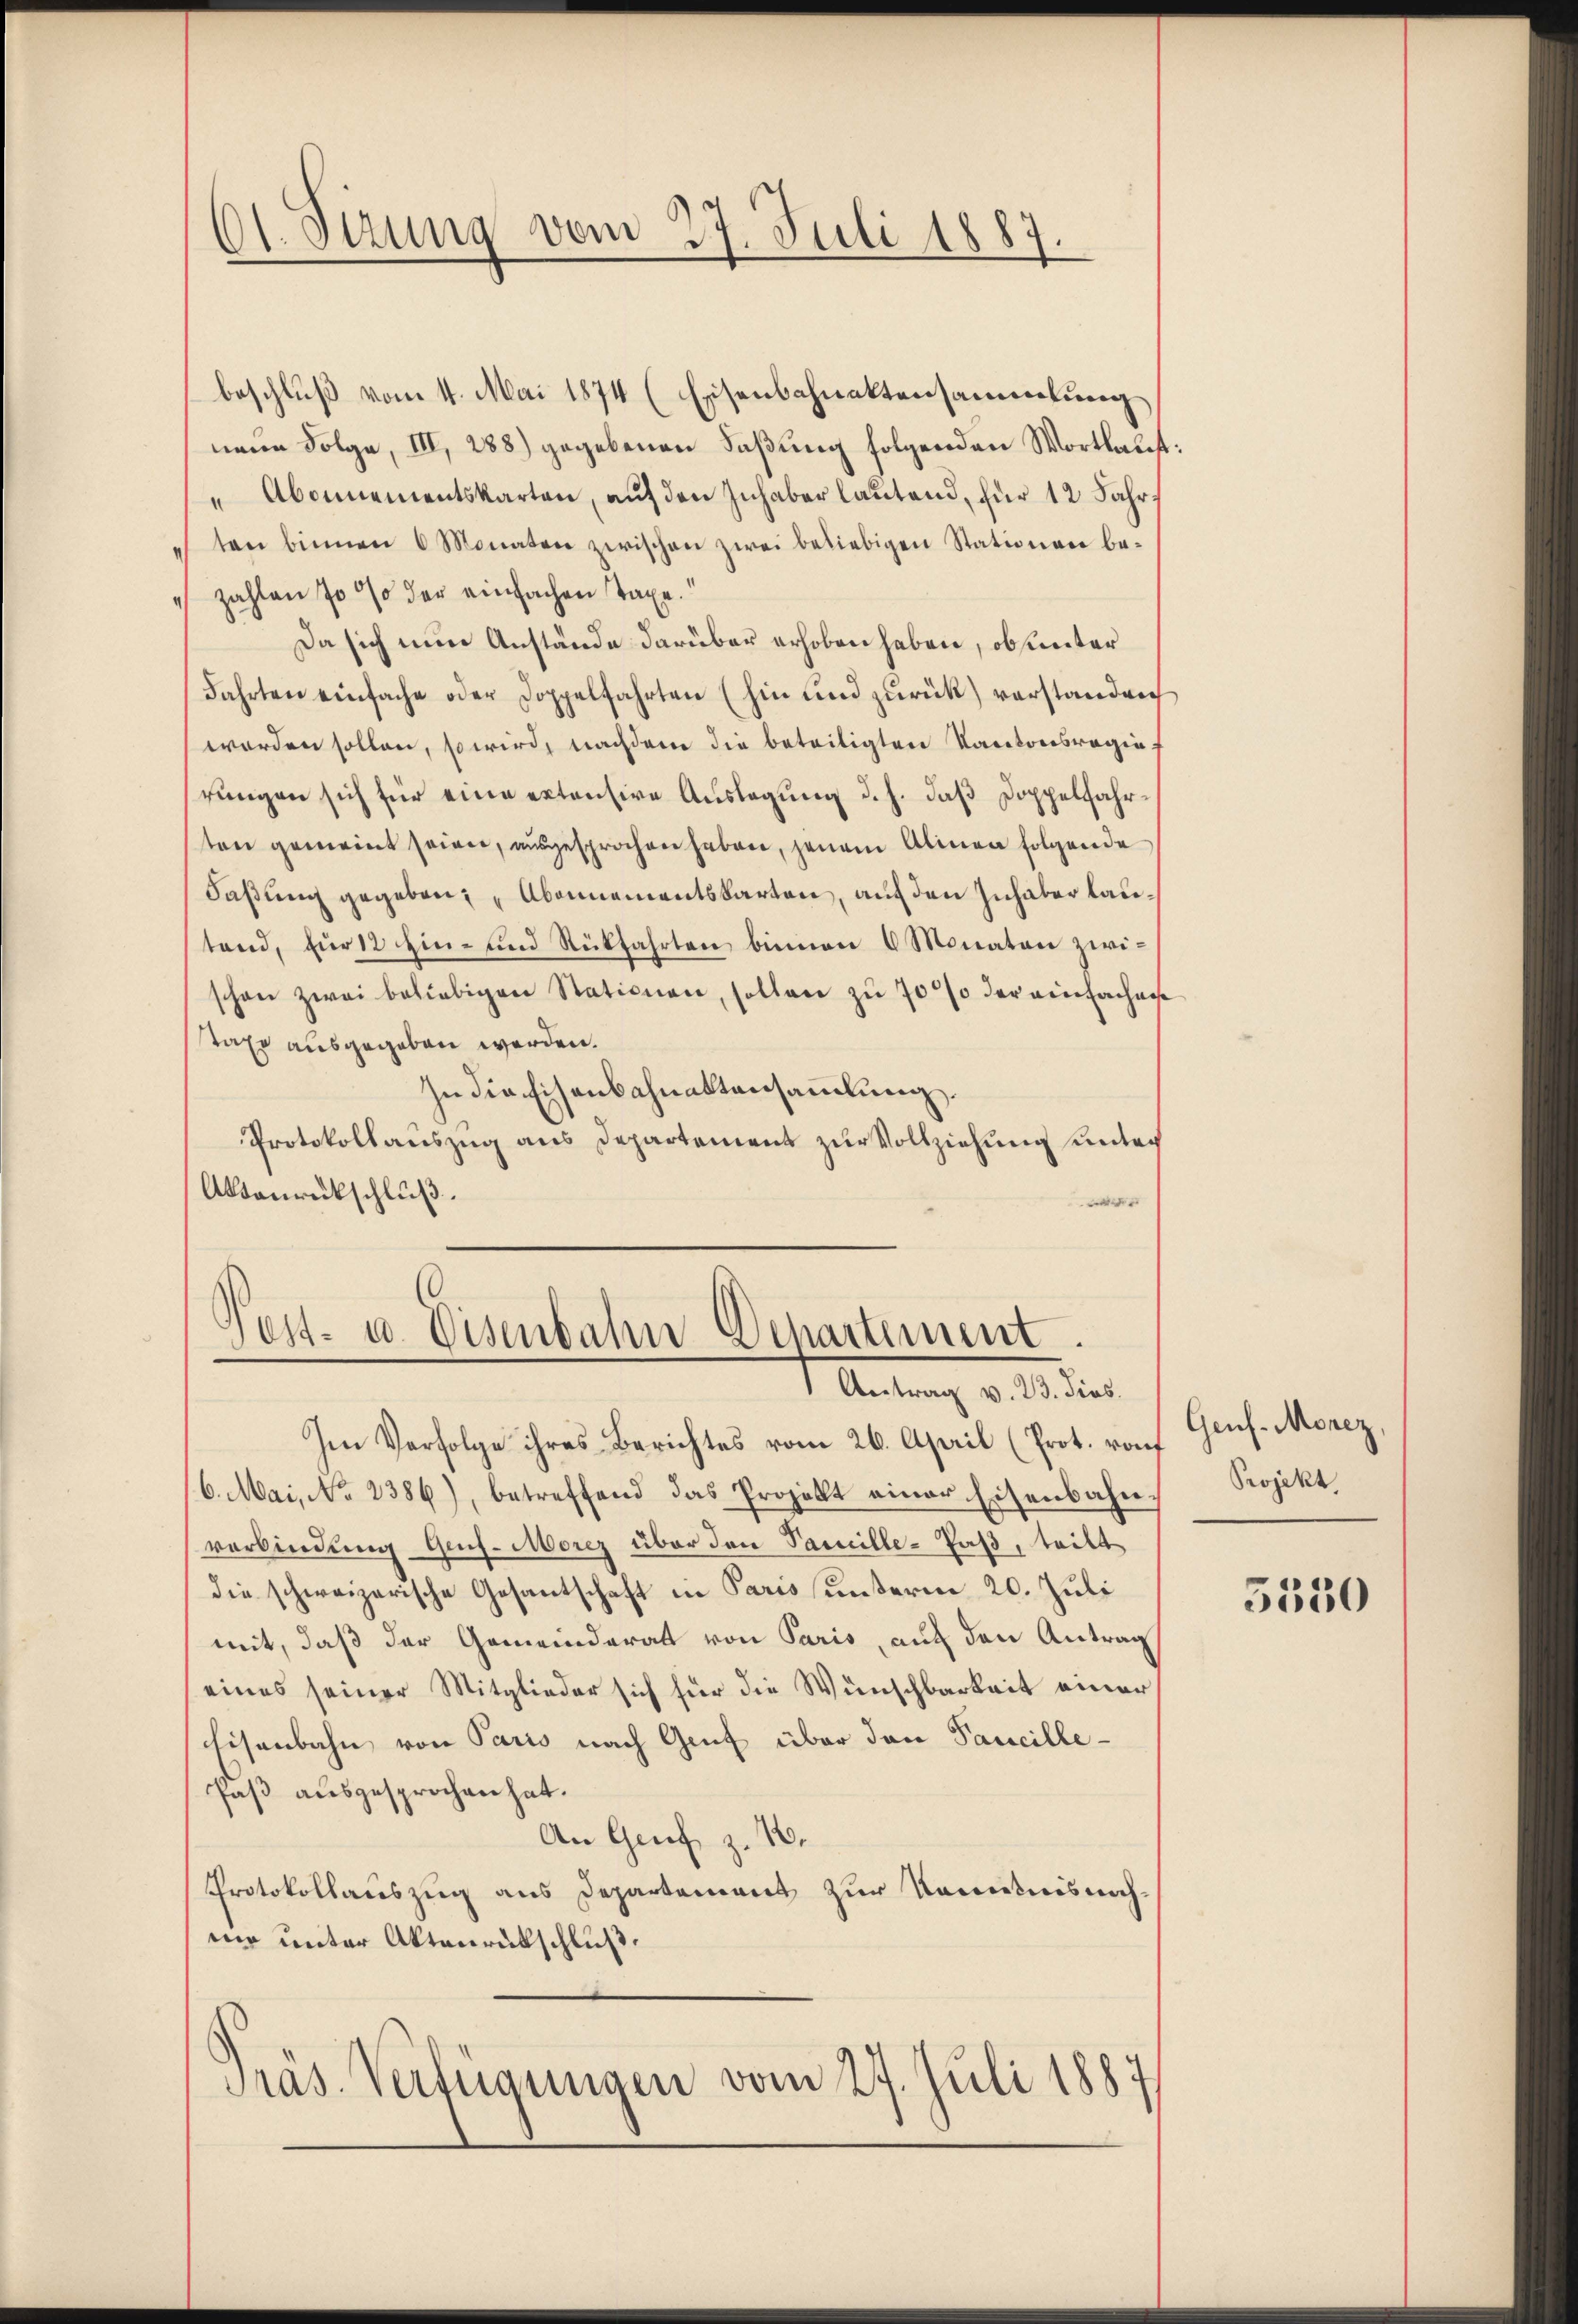
61. Stzung vom 27. Juli 1887.

beschluß vom 4. Mai 1874 (Eisenbahnaktensammlung
nene Folge, III, 288) gegebenen Faßung folgenden Wortlaut:
" Abonnementskarten, auf den Inhaber lautend, für 12 Jahrten binnen 6 Monaten zwischen zwei beliebigen Stationen be-
zahlen 70 % der einfachen Taxe.
Da sich nun Anstände darüber erhoben haben, ob unter
Fahrten einfache oder Doppelfahrten (hin und zurück) verstandeig
worden sollen, so wird, nachdem die beteiligten Kantonsregierungen sich für eine extensive Auslegung d. h. daß Doppelfahrten gemeint seien, ausgesprochen haben, jenem Alinea folgende
Faßung gegeben: „Abonnementskarten, auf den Inhaber lautend, für 12 hin- und Rückfahrten binnen 6 Monaten zwischon zwei beliebigen Stationen, sollen zu 70 % der einfachen
taxe ausgegeben werden.
In die Eisenbahnaktensammlung.
Protokollauszug aus Departement zur Vollziehung unter
Abbaurückschluß.
e

Pest- u. Eisenbahn Departement
 Antrag v. 23. dies

Im Verfolge ihres Berichtes vom 26. April (Prot. rauf
6. Mai, No 2386), betreffend das Projekt einer Eisenbahnverbindung Ges. Morez über den Vanille-Paß, teilt
die schweizerische Gesantschaft in Paris unterm 20. Juli
mit, daß der Gemeinderat von Paris, auf den Antrag
eines seiner Mitglieder sich für die Wünschbarkeit einer
chisenbahn von Paris nach Genf über den Pancille¬
Paß ausgesprochen hat.
An Genf z. 10.
Protokollauszug aus Departement zur Kenntnis nachmie unter Aktenrütschluß.
Präs. Verfügungen vom 27. Juli 1887

Geuf-Morez,
Projekt,

5550